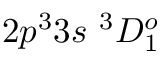
{ 2 p ^ { 3 } 3 s ~ ^ { 3 } D _ { 1 } ^ { o } }